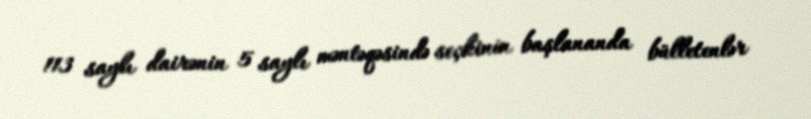
113 saylı dairənin 5 saylı məntəqəsində seçkinin başlananda bülletenlər